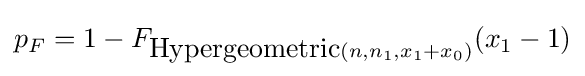
p_{F}=1-F_{{\mbox{Hypergeometric}}(n,n_{1},x_{1}+x_{0})}(x_{1}-1)